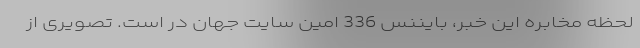
لحظه مخابره این خبر، بایننس 336 اُمین سایت جهان در است. تصویری از